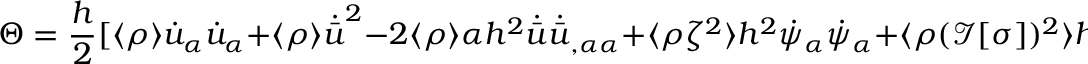
\Theta = \frac { h } { 2 } [ \langle \rho \rangle \dot { u } _ { \alpha } \dot { u } _ { \alpha } + \langle \rho \rangle \dot { \bar { u } } ^ { 2 } - 2 \langle \rho \rangle \alpha h ^ { 2 } \dot { \bar { u } } \dot { \bar { u } } _ { , \alpha \alpha } + \langle \rho \zeta ^ { 2 } \rangle h ^ { 2 } \dot { \psi } _ { \alpha } \dot { \psi } _ { \alpha } + \langle \rho ( \mathcal { I } [ \sigma ] ) ^ { 2 } \rangle h ^ { 2 } ( \dot { u } _ { \alpha , \alpha } ) ^ { 2 } ] .